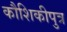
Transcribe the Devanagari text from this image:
कौशिकीपुत्र